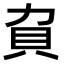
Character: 𧴥